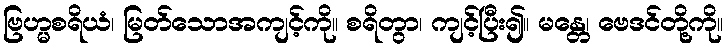
ဗြဟ္မစရိယံ၊ မြတ်သောအကျင့်ကို။ စရိတွာ၊ ကျင့်ပြီး၍။ မန္တေ၊ ဗေဒင်တို့ကို။